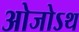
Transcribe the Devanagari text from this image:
ओजोऽथ